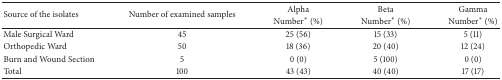
| <ROWSPAN=2> Source of the isolates | <ROWSPAN=2> Number of examined samples | Alpha | Beta | Gamma |
 | Number∗ (%) | Number∗ (%) | Number∗ (%) |
 | --- | --- | --- | --- | --- |
 | Male Surgical Ward | 45 | 25 (56) | 15 (33) | 5 (11) |
 | Orthopedic Ward | 50 | 18 (36) | 20 (40) | 12 (24) |
 | Burn and Wound Section | 5 | 0 (0) | 5 (100) | 0 (0) |
 | Total | 100 | 43 (43) | 40 (40) | 17 (17) |